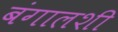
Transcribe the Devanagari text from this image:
बंगालशी